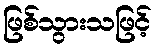
ဖြစ်သွားသဖြင့်